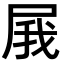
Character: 𡱫